Civil Veterinary Department Bihar & Orissa reports 1929-36 - 1929-1936
Year: 1929
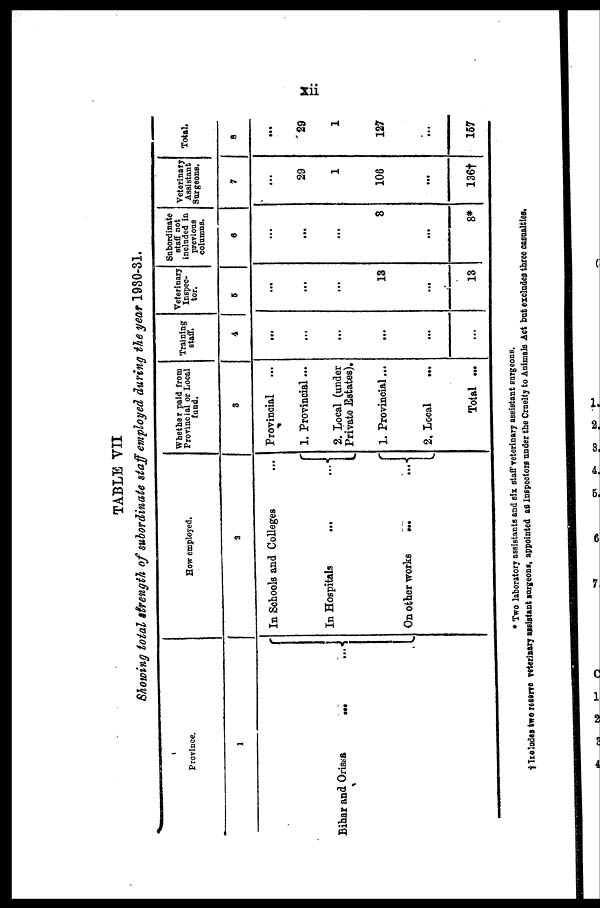
xii
TABLE VII
Showing total strength of subordinate staff employed during the year 1980-31.
Province.
1
Bihar and Orissa ... ...
How employed.
2
In Schools and Colleges ...
In Hospitals ... ...
On other works ... ...
Whether paid from
Provincial or Local
fund.
3
Provincial
1. Provincial ...
2. Local (under
Private Estates),
1. Provincial ...
2. Local
...
Total ...
Training
staff.
4
...
...
...
...
...
...
Veterinary
Inspec-
tor.
5
...
...
...
13
...
13
Subordinate
staff not
included in
previous
columns.
6
...
...
...
8
...
8*
Veterinary
Assistant
Surgeons.
7
...
29
1
106
...
136†
Total.
8
...
29
1
127
...
157
* Two laboratory assistants and six staff veterinary assistant surgeons.
† Troludes two reserve veterinary assistant surgeons, appointed as Inspectors under the Crnelty to Animals Act but excludes three casualties.